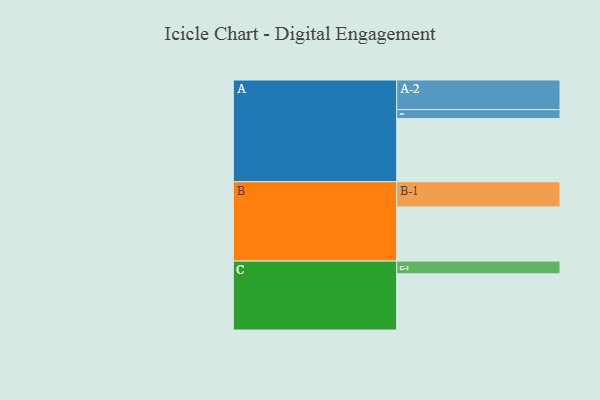
{"axis": {"x": "Segment", "y": "Value"}, "legend": ["", "A", "B", "C"], "data": [{"x": "A", "y": 598, "type": ""}, {"x": "B", "y": 513, "type": ""}, {"x": "C", "y": 532, "type": ""}, {"x": "A-1", "y": 85, "type": "A"}, {"x": "A-2", "y": 281, "type": "A"}, {"x": "B-1", "y": 239, "type": "B"}, {"x": "C-1", "y": 121, "type": "C"}]}